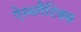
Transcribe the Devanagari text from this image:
ऐस्थमैटिक्स